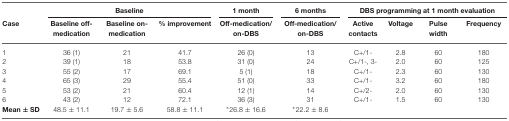
<table><thead><tr><td></td><td colspan="3"><b>Baseline</b></td><td><b>1 month</b></td><td><b>6 months</b></td><td colspan="4"><b>DBS programming at 1 month evaluation</b></td></tr><tr><td><b>Case</b></td><td><b>Baseline off-medication</b></td><td><b>Baseline on-medication</b></td><td><b>% improvement</b></td><td><b>Off-medication/on-DBS</b></td><td><b>Off-medication/on-DBS</b></td><td><b>Active contacts</b></td><td><b>Voltage</b></td><td><b>Pulse width</b></td><td><b>Frequency</b></td></tr></thead><tbody><tr><td>1</td><td>36 (1)</td><td>21</td><td>41.7</td><td>26 (0)</td><td>13</td><td>C+/1-</td><td>2.8</td><td>60</td><td>180</td></tr><tr><td>2</td><td>39 (1)</td><td>18</td><td>53.8</td><td>31 (0)</td><td>24</td><td>C+/1-, 3-</td><td>2.0</td><td>60</td><td>125</td></tr><tr><td>3</td><td>55 (2)</td><td>17</td><td>69.1</td><td>5 (1)</td><td>18</td><td>C+/1-</td><td>2.3</td><td>60</td><td>130</td></tr><tr><td>4</td><td>65 (3)</td><td>29</td><td>55.4</td><td>51 (0)</td><td>33</td><td>C+/1-</td><td>3.2</td><td>60</td><td>180</td></tr><tr><td>5</td><td>53 (2)</td><td>21</td><td>60.4</td><td>12 (1)</td><td>14</td><td>C+/2-</td><td>2.0</td><td>60</td><td>130</td></tr><tr><td>6</td><td>43 (2)</td><td>12</td><td>72.1</td><td>36 (3)</td><td>31</td><td>C+/1-</td><td>1.5</td><td>60</td><td>130</td></tr><tr><td><b>Mean ± SD</b></td><td>48.5 ± 11.1</td><td>19.7 ± 5.6</td><td>58.8 ± 11.1</td><td>*26.8 ± 16.6</td><td>*22.2 ± 8.6</td><td></td><td></td><td></td><td></td></tr></tbody></table>